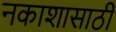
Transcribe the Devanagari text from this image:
नकाशासाठी